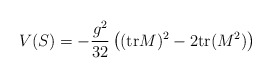
\begin{align*}V(S) = - \frac{g^2}{32}\left( ({\rm tr}M)^2 - 2 {\rm tr}(M^2) \right)\end{align*}